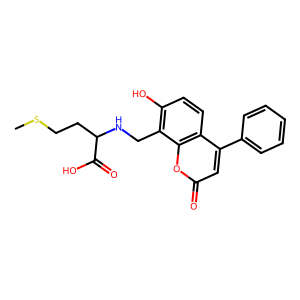
SMILES: CSCCC(NCc1c(O)ccc2c(-c3ccccc3)cc(=O)oc12)C(=O)O
Inhibits HIV replication: No